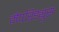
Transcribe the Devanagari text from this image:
मैपरिड्युस